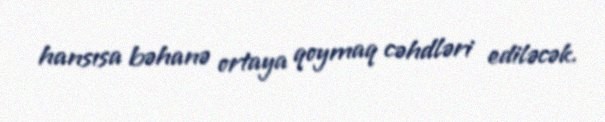
hansısa bəhanə ortaya qoymaq cəhdləri ediləcək.